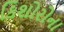
કિશોરોના